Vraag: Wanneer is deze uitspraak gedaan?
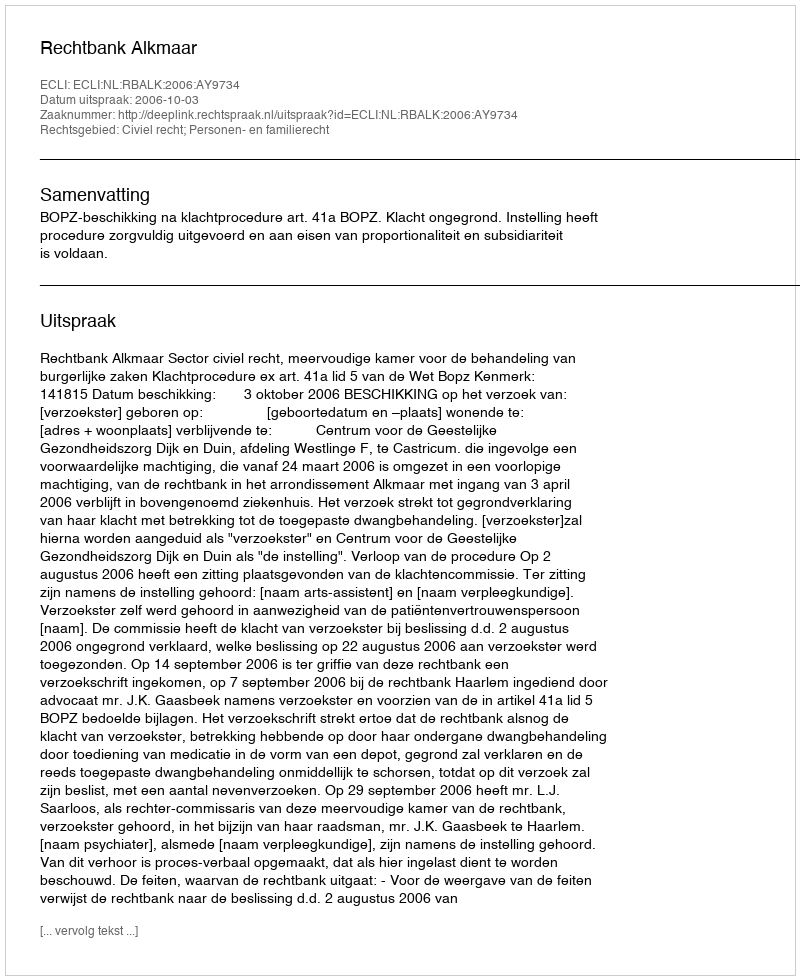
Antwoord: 2006-10-03